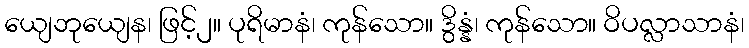
ယျေဘုယျေန၊ ဖြင့်၂။ ပုရိမာနံ၊ ကုန်သော။ ဒွိန္နံ၊ ကုန်သော။ ဝိပလ္လာသာနံ၊